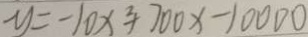
y = - 1 0 x ^ { 2 } + 7 0 0 x - 1 0 0 0 0